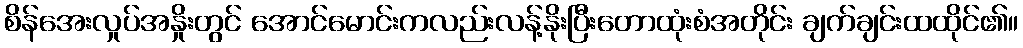
စိန်အေးလှုပ်အနှိုးတွင် အောင်မောင်းကလည်းလန့်နိုးပြီးတောထုံးစံအတိုင်း ချက်ချင်းထထိုင်၏။